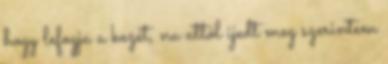
hogy lefogja a kezét, na attól ijedt meg szerintem